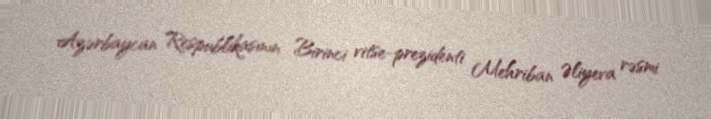
Azərbaycan Respublikasının Birinci vitse-prezidenti Mehriban Əliyeva rəsmi